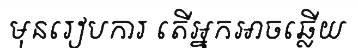
មុនរៀបការ តើអ្នកអាចឆ្លើយ